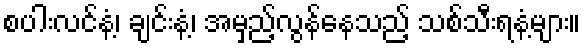
စပါးလင်နံ့၊ ချင်းနံ့၊ အမှည့်လွန်နေသည့် သစ်သီးရနံ့များ။